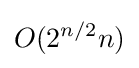
O(2^{n/2}n)